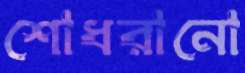
শোধরানো